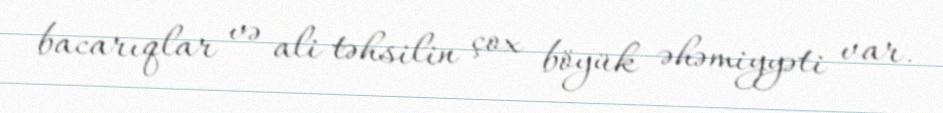
bacarıqlar və ali təhsilin çox böyük əhəmiyyəti var.